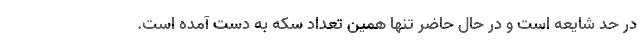
در حد شایعه است و در حال حاضر تنها همین تعداد سکه به دست آمده است.